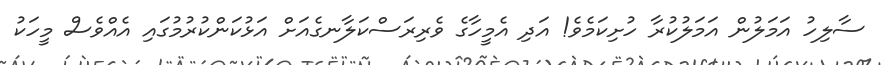
ސާލިހު އަމަލުން އަމަލުކުރާ ހުށިކަމެވެ! އަދި އެމީހާގެ ވެރިރަސްކަލާނގެއަށް އަޅުކަންކުރުމުގައި އެއްވެސް މީހަކު